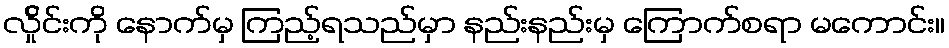
လ်ှိုင်းကို နောက်မှ ကြည့်ရသည်မှာ နည်းနည်းမှ ကြောက်စရာ မကောင်း။